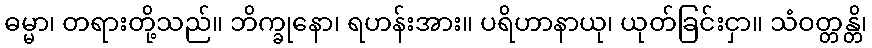
ဓမ္မာ၊ တရားတို့သည်။ ဘိက္ခုနော၊ ရဟန်းအား။ ပရိဟာနာယု၊ ယုတ်ခြင်းငှာ။ သံဝတ္တန္တိ၊